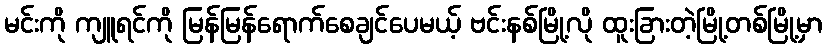
မင်းကို ကျူရင်ကို မြန်မြန်ရောက်စေချင်ပေမယ့် ဗင်းနစ်မြို့လို ထူးခြားတဲ့မြို့တစ်မြို့မှာ